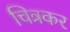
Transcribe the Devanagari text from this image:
चित्रकर